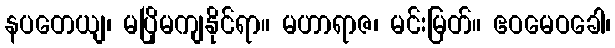
နပတေယျ၊ မပြိုမကျနိုင်ရာ။ မဟာရာဇ၊ မင်းမြတ်။ ဧဝမေဝခေါ၊